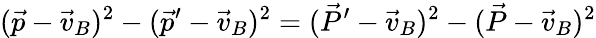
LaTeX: (\vec{p}-\vec{v}_{B})^{2}-(\vec{p}^{\prime}-\vec{v}_{B})^{2}=(\vec{P}^{\prime}-\vec{v}_{B})^{2}-(\vec{P}-\vec{v}_{B})^{2}